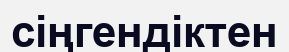
сіңгендіктен